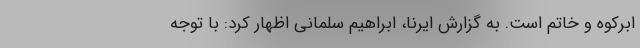
ابرکوه و خاتم است. به گزارش ایرنا، ابراهیم سلمانی اظهار کرد: با توجه